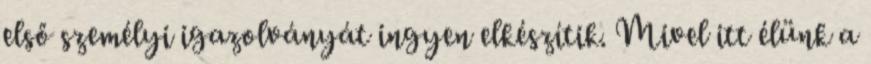
első személyi igazolványát ingyen elkészítik. Mivel itt élünk a